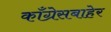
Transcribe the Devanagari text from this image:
काँग्रेसबाहेर